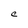
Character: C